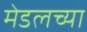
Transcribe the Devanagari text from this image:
मेडलच्या